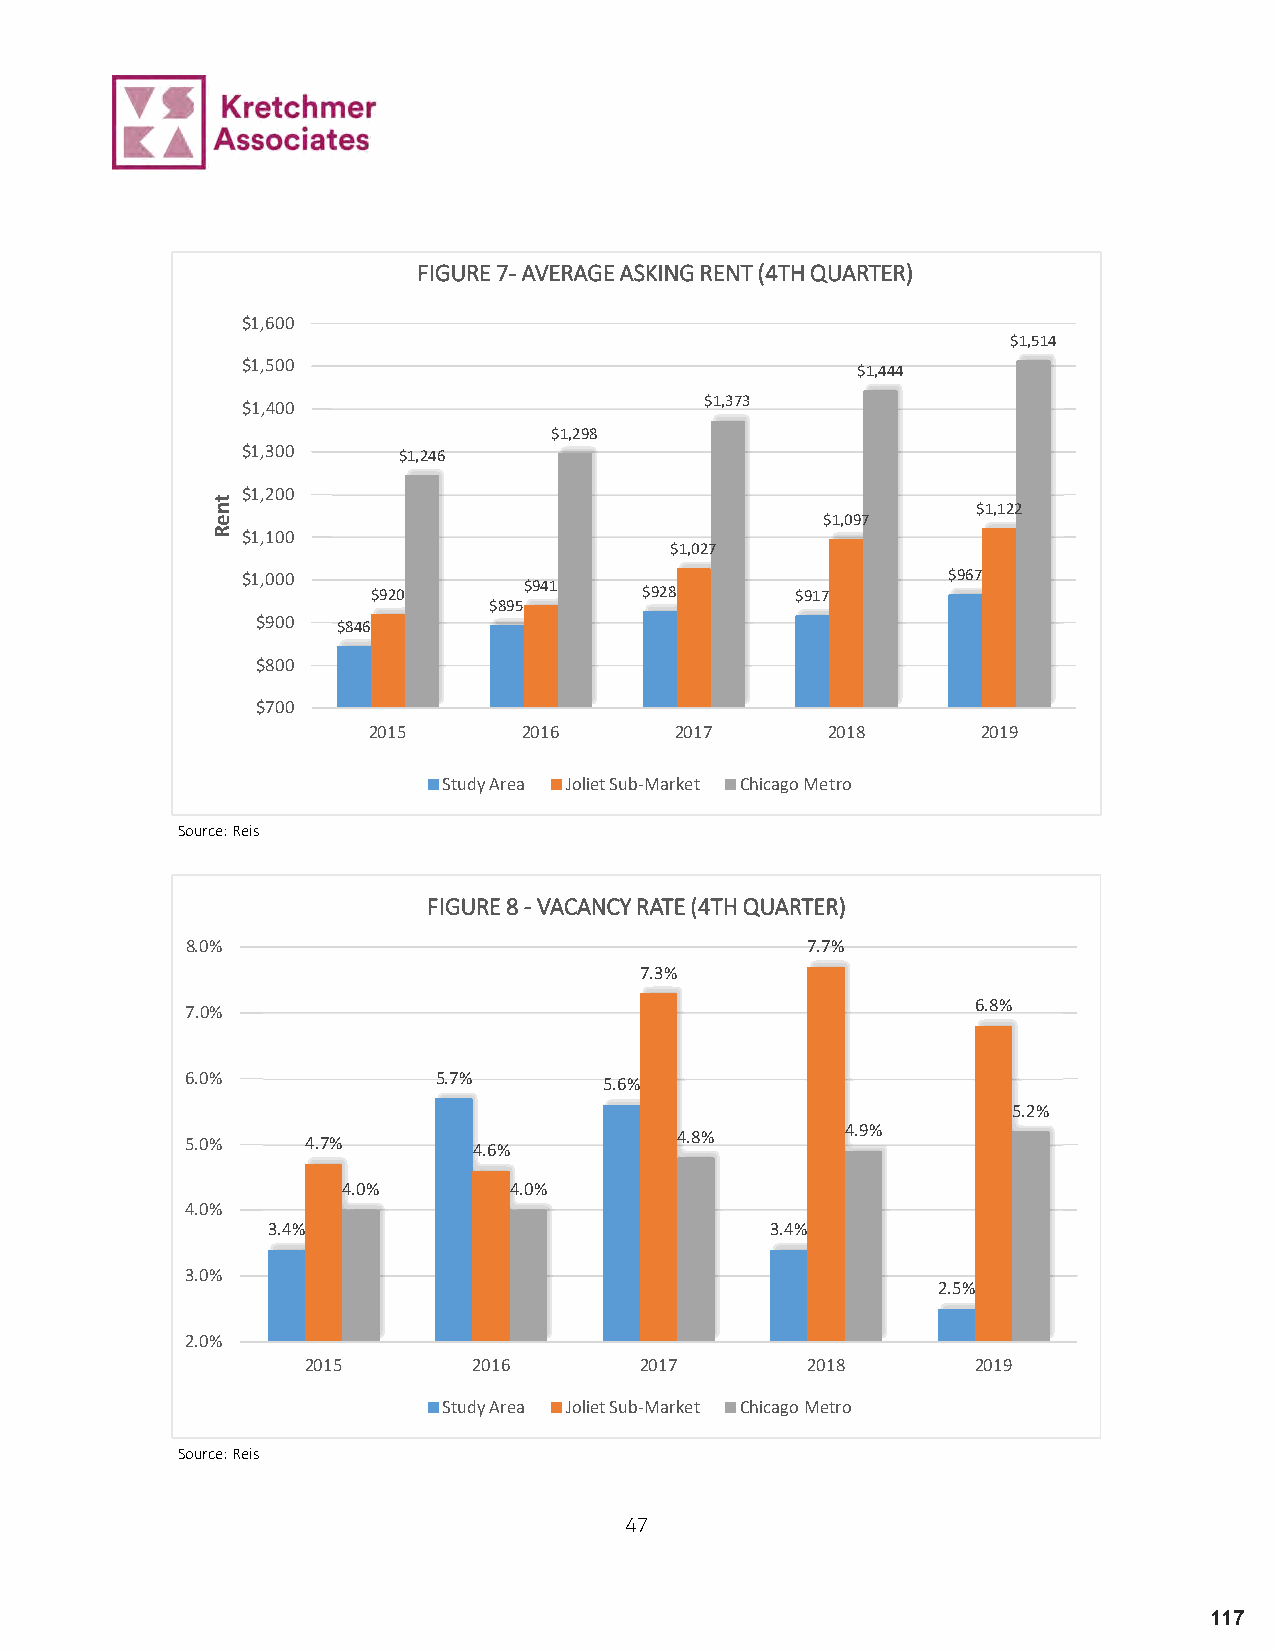
FIGURE 7-AVERAGE ASKING RENT (4TH QUARTER)
 $1,600
 $1,514
 $1,500
 $1,444
 $1,400                         $1,373
 $1,298
 $1,300    $1,246
 $1,200
 $1,122
 $1,097
 $1,100
 $1,027
 $1,000                                         $967
 $920      $941    $928      $917
 $895
 $900 $846
 $800
 $700
 2015       2016      2017      2018      2019
 Study Area Joliet Sub-Market Chicago Metro
 Source: Reis
 FIGURE 8 -VACANCY RATE (4TH QUARTER)
 8.0%                                     7.7%
 7.3%
 6.8%
 7.0%
 6.0%             5.7%
 5.6%
 5.2%
 4.9%
 4.8%
 5.0%    4.7%
 4.6%
 4.0%       4.0%
 4.0%
 3.4%                             3.4%
 3.0%
 2.5%
 2.0%
 2015       2016       2017       2018        2019
 Study Area Joliet Sub-Market Chicago Metro
 Source: Reis
 47
 117
 tneR